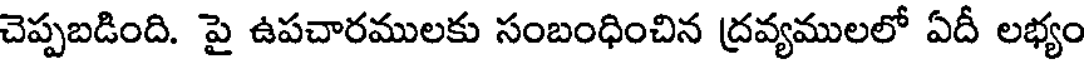
చెప్పబడింది. పై ఉపచారములకు సంబంధించిన ద్రవ్యములలో ఏదీ లభ్యం